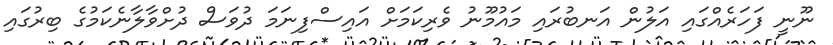
ނޫނީ ފަހަރެއްގައި އަލުން އަނބުރައި މައުމޫނު ވެރިކަމަށް އައިސްފިނަމަ ދުވަސް ދުށްވާލާނެކަމުގެ ބިރުގައި